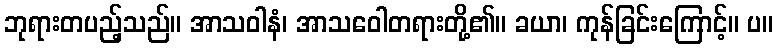
ဘုရားတပည့်သည်။ အာသဝါနံ၊ အာသဝေါတရားတို့၏။ ခယာ၊ ကုန်ခြင်းကြောင့်။ ပ။